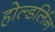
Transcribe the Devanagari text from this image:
होल्डर्लिन